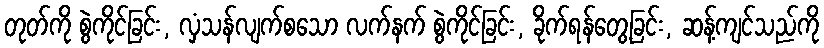
တုတ်ကို စွဲကိုင်ခြင်း, လှံသန်လျက်စသော လက်နက် စွဲကိုင်ခြင်း, ခိုက်ရန်တွေ့ခြင်း, ဆန့်ကျင်သည်ကို